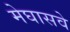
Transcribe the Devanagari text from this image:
मेघासवे